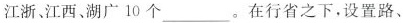
江浙、江西、湖广10个___。在行省之下，设置路、